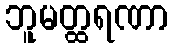
ဘူမတ္ထရဏာ